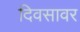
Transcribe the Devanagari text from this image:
दिवसावर